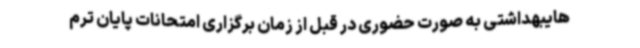
هایبهداشتی به صورت حضوری در قبل از زمان برگزاری امتحانات پایان ترم